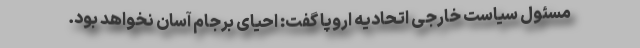
مسئول سیاست خارجی اتحادیه اروپا گفت: احیای برجام آسان نخواهد بود.